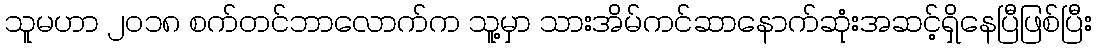
သူမဟာ ၂၀၁၈ စက်တင်ဘာလောက်က သူ့မှာ သားအိမ်ကင်ဆာနောက်ဆုံးအဆင့်ရှိနေပြီဖြစ်ပြီး